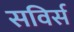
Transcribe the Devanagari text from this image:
सविर्स